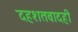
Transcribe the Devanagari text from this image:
दहशतवादही